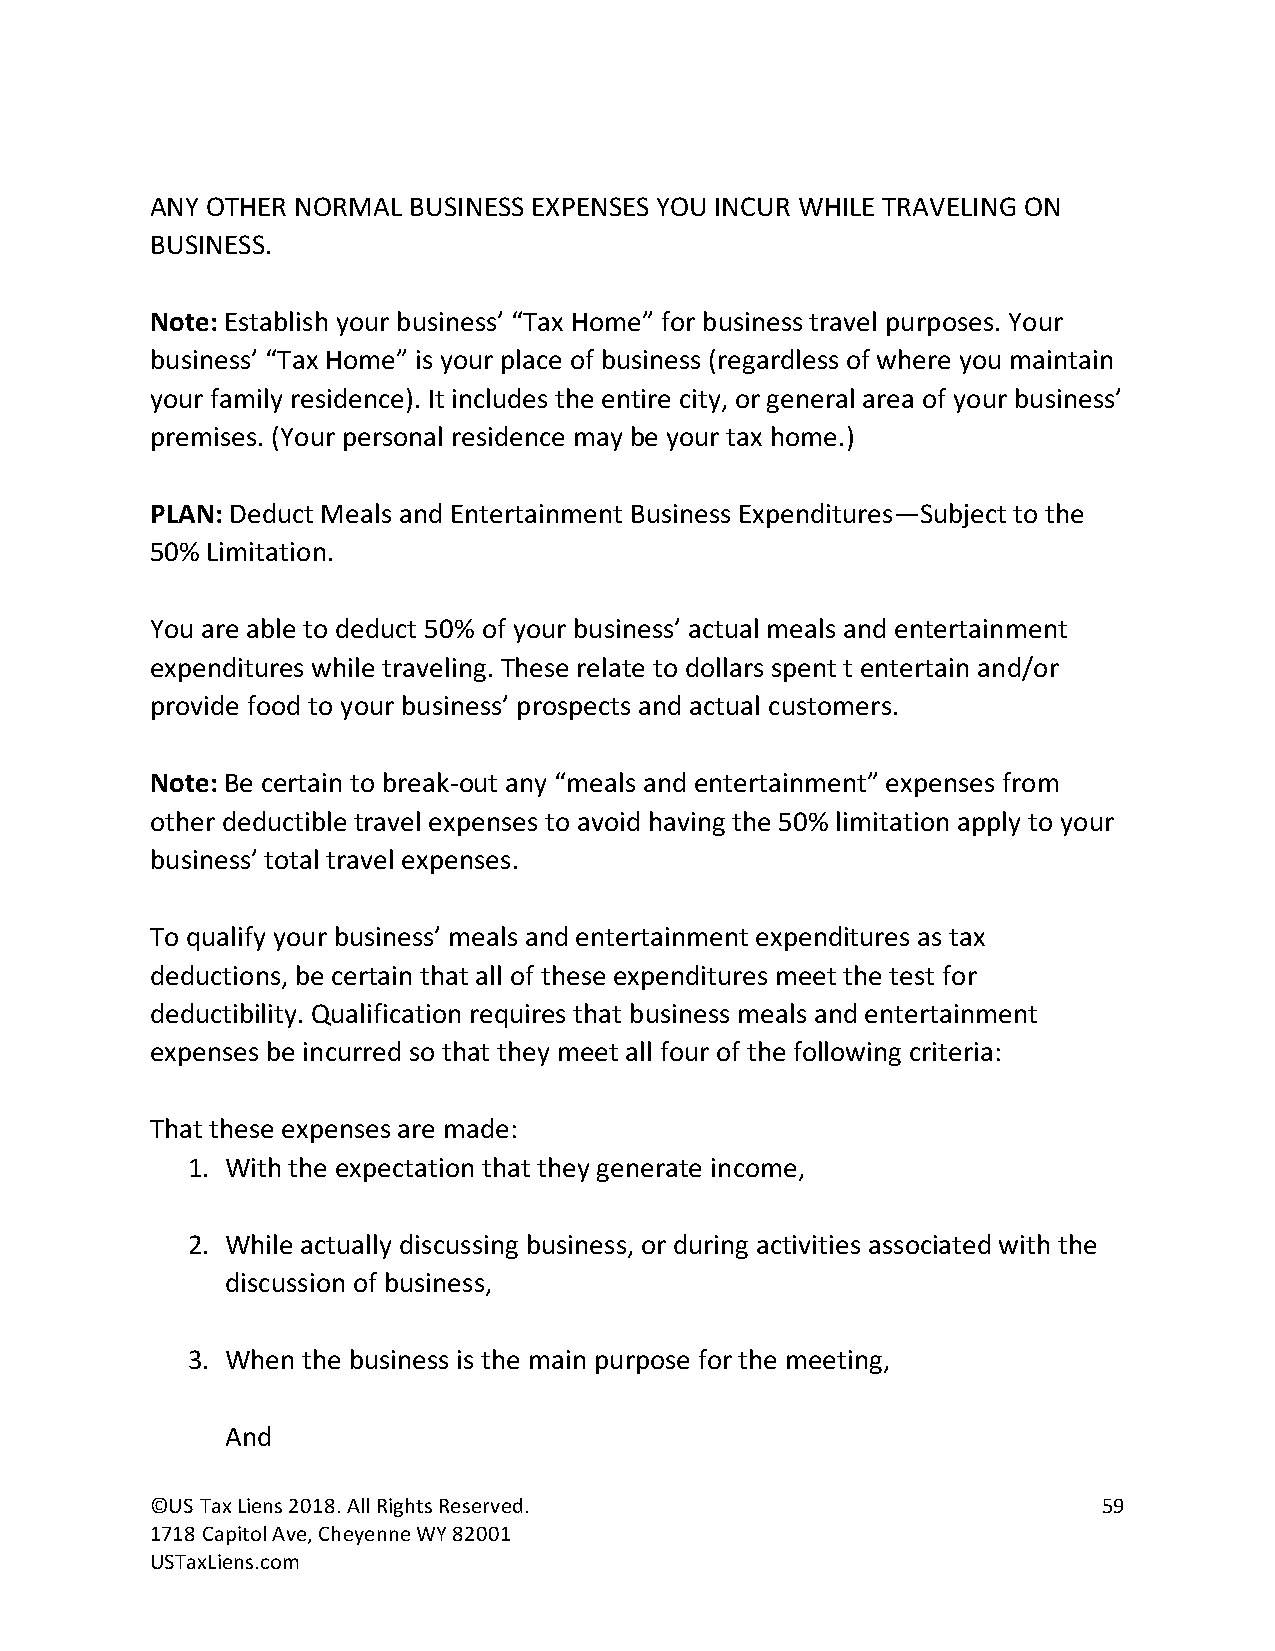
ANY OTHER NORMAL BUSINESS EXPENSES YOU INCUR WHILE TRAVELING ON
 BUSINESS.
 Note: Establish your business’ “Tax Home” for business travel purposes. Your
 business’ “Tax Home” is your place of business (regardless of where you maintain
 your family residence). It includes the entire city, or general area of your business’
 premises. (Your personal residence may be your tax home.)
 PLAN: Deduct Meals and Entertainment Business Expenditures—Subject to the
 50% Limitation.
 You are able to deduct 50% of your business’ actual meals and entertainment
 expenditures while traveling. These relate to dollars spent t entertain and/or
 provide food to your business’ prospects and actual customers.
 Note: Be certain to break-out any “meals and entertainment” expenses from
 other deductible travel expenses to avoid having the 50% limitation apply to your
 business’ total travel expenses.
 To qualify your business’ meals and entertainment expenditures as tax
 deductions, be certain that all of these expenditures meet the test for
 deductibility. Qualification requires that business meals and entertainment
 expenses be incurred so that they meet all four of the following criteria:
 That these expenses are made:
 1. With the expectation that they generate income,
 2. While actually discussing business, or during activities associated with the
 discussion of business,
 3. When the business is the main purpose for the meeting,
 And
 ©US Tax Liens 2018. All Rights Reserved.                       59
 1718 Capitol Ave, Cheyenne WY 82001
 USTaxLiens.com